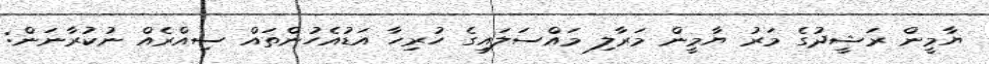
ޔާމީން ރަޝީދުގެ މަރު ޔާމީން މަރާލި މައްސަލައިގެ ހުރިހާ އަޑުއެހުންތައް ސިއްރެއް ނުކުރާނަން: